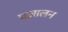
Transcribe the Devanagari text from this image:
घज़ालन